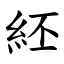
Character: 䋔